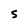
Character: S